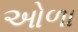
ઓળા